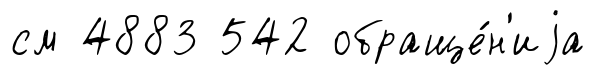
см 4883 542 обраще́н'иjа